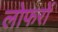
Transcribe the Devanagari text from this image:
लोफरों